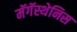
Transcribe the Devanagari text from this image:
मॅगॅस्थेनिस